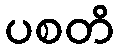
ပစတိ